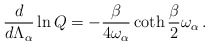
\begin{align*}{d\over d\Lambda_\alpha}\ln Q = -{\beta\over 4\omega_\alpha}\coth{\beta\over 2}\omega_\alpha\,.\end{align*}